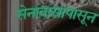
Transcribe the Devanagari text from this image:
सेनावासापासून